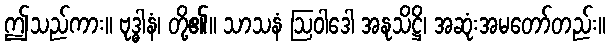
ဤသည်ကား။ ဗုဒ္ဓါနံ၊ တို့၏။ သာသနံ ဩဝါဒေါ အနုသိဋ္ဌိ၊ အဆုံးအမတော်တည်း။